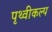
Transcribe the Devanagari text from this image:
पृथ्वीकल्प